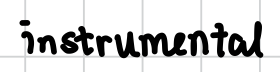
Text: instrumental
Cross-out: clean
Writing tool: digital_black